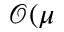
\mathcal { O } ( \mu